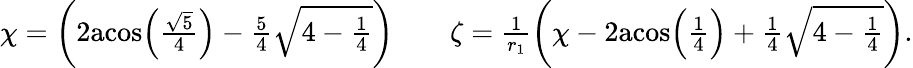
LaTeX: \begin{array}{rlr}{\chi=\bigg(2\mathrm{acos}\Big(\frac{\sqrt{5}}{4}\Big)-\frac{5}{4}\sqrt{4-\frac{1}{4}}\bigg)}&{}&{\zeta=\frac{1}{r_{1}}\bigg(\chi-2\mathrm{acos}\Big(\frac{1}{4}\Big)+\frac{1}{4}\sqrt{4-\frac{1}{4}}\bigg).}\end{array}